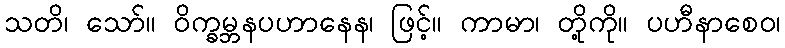
သတိ၊ သော်။ ဝိက္ခမ္ဘနပဟာနေန၊ ဖြင့်။ ကာမာ၊ တို့ကို။ ပဟီနာစေဝ၊